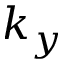
k _ { y }